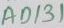
Text: AD131